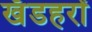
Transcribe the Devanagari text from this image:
खँडहरों